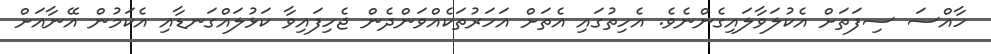
ހާއްސަ ސިފަތަށް އެކުލަވާލައިގެންނެވެ. އެހިތުގައި އެތަށް އަހަރުތަކެއްވަންދެން ޖެހިފައިވާ ކަޅުލައްގަނޑާއި އެކަމުން އޭނާއަށް